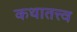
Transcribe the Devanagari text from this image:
कथातत्त्व